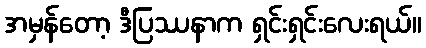
အမှန်တော့ ဒီပြဿနာက ရှင်းရှင်းလေးရယ်။